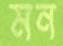
মন